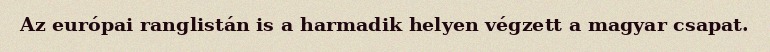
Az európai ranglistán is a harmadik helyen végzett a magyar csapat.